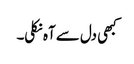
کبھی دل سے آہ نکلی۔